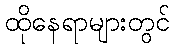
ထိုနေရာများတွင်